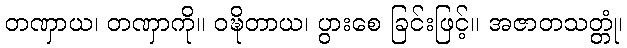
တဏှာယ၊ တဏှာကို။ ဝဍ္ဎိတာယ၊ ပွားစေ ခြင်းဖြင့်။ အဇာတသတ္တုံ၊